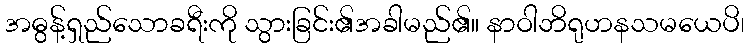
အဓွန့်ရှည်သောခရီးကို သွားခြင်း၏အခါမည်၏။ နာဝါဘိရုဟနသမယေပိ၊